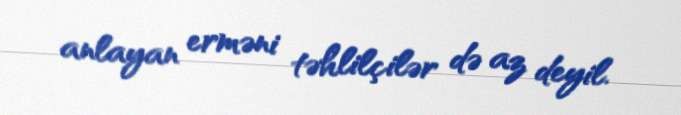
anlayan erməni təhlilçilər də az deyil.